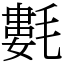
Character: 氀